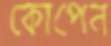
কোপেন